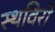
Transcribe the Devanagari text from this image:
स्थविरो